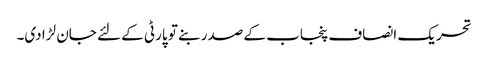
تحریک انصاف پنجاب کے صدر بنے تو پارٹی کے لئے جان لڑا دی۔